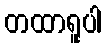
တထာရူပါ